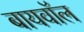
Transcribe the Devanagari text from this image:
बायवॉल